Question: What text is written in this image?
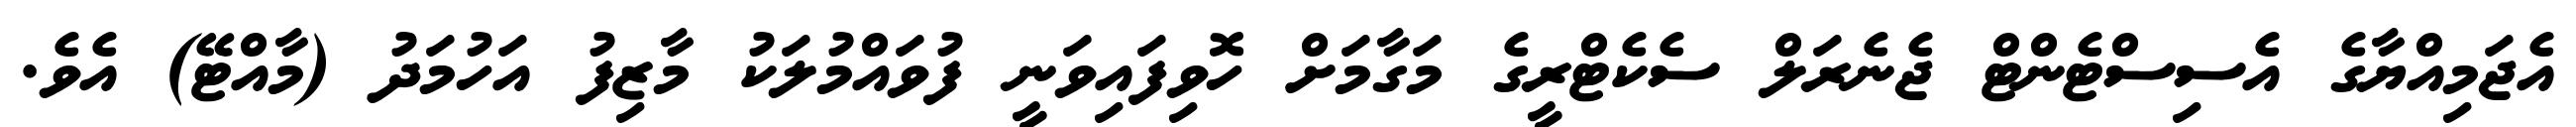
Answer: އެޖަމިއްޔާގެ އެސިސްޓެންޓް ޖެނެރަލް ސެކެޓްރީގެ މަގާމަށް ހޮވިފައިވަނީ ފުވައްމުލަކު މާޒިފު އަހުމަދު (މާއްޓޭ) އެވެ.